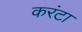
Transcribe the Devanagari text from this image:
करंटा